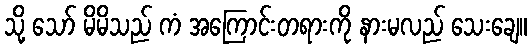
သို့ သော် မိမိသည် ကံ အကြောင်းတရားကို နားမလည် သေးချေ။